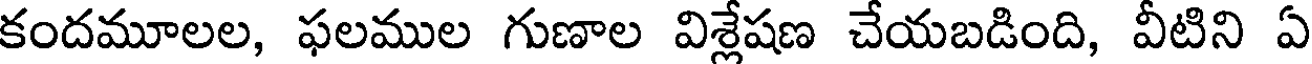
కందమూలల, ఫలముల గుణాల విశ్లేషణ చేయబడింది, వీటిని ఏ